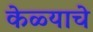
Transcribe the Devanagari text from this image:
केळ्याचे